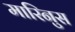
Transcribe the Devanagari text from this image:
मारिनुस